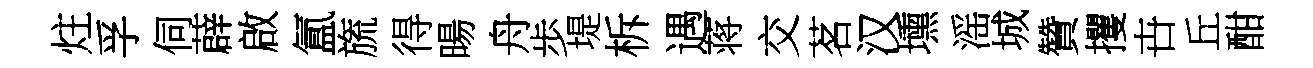
炷孚伺薜啟氲旒得暘舟歩堤柝遇蒋交茗汉壎滛城贊攫卋丘酣